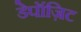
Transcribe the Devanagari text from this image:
डेपॉज़िट